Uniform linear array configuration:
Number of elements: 64
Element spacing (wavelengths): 1
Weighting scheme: exponential
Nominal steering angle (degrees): -15
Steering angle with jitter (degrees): -15.112
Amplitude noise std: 0.05
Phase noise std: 0.05

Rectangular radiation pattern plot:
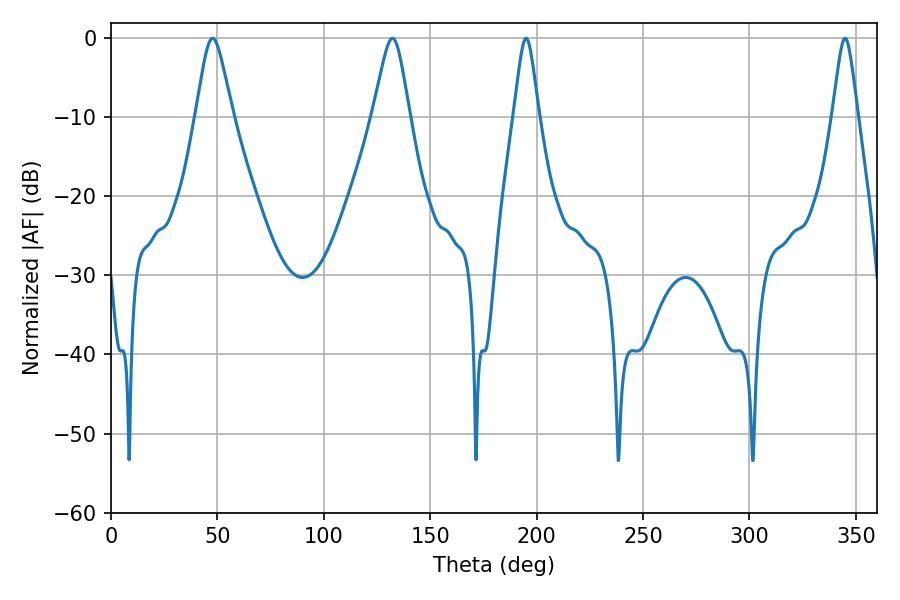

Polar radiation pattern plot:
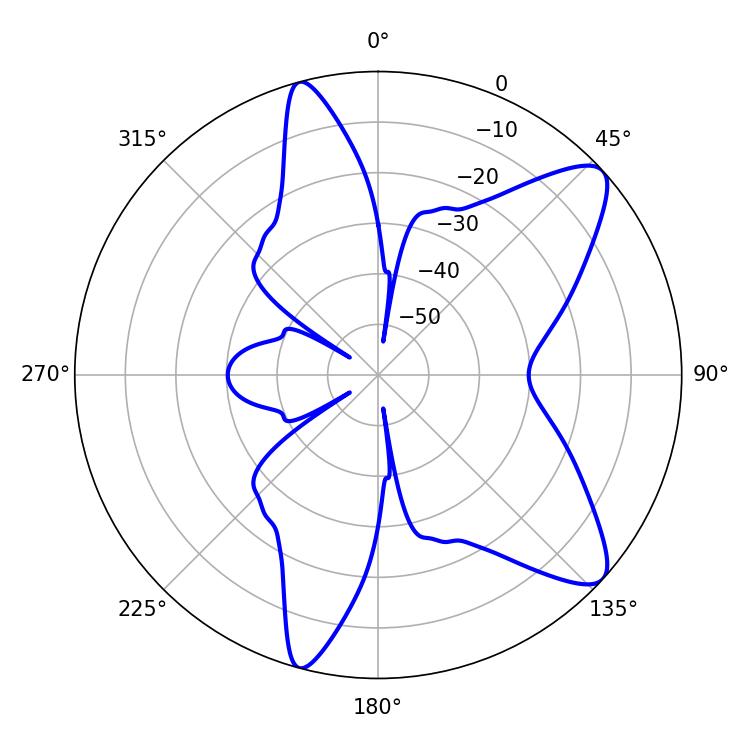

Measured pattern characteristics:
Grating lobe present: TRUE
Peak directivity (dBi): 9.995
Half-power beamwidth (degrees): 8.28
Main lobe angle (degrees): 47.7